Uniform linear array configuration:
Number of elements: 12
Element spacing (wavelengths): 1
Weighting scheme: exponential
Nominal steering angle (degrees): -60
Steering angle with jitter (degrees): -61.105
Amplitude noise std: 0.05
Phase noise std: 0.05

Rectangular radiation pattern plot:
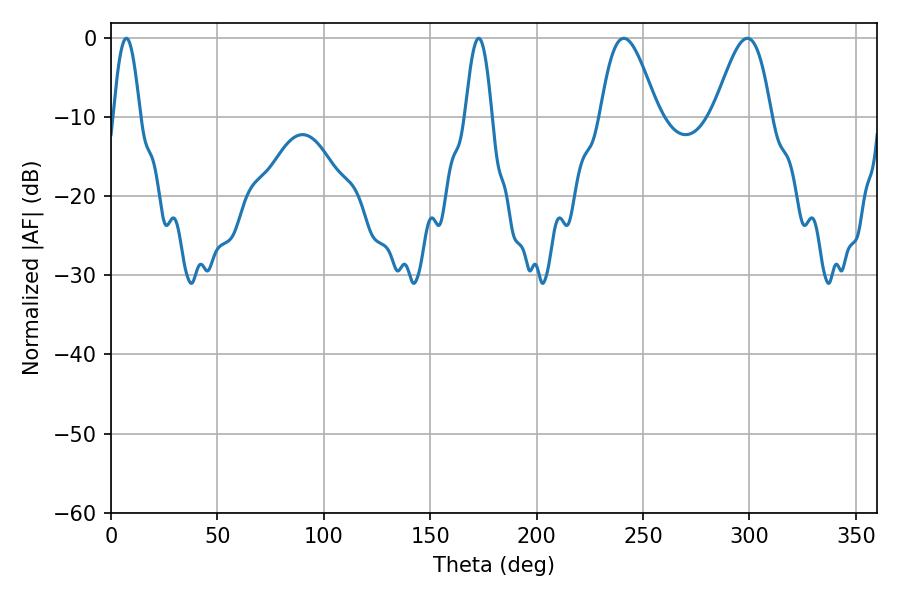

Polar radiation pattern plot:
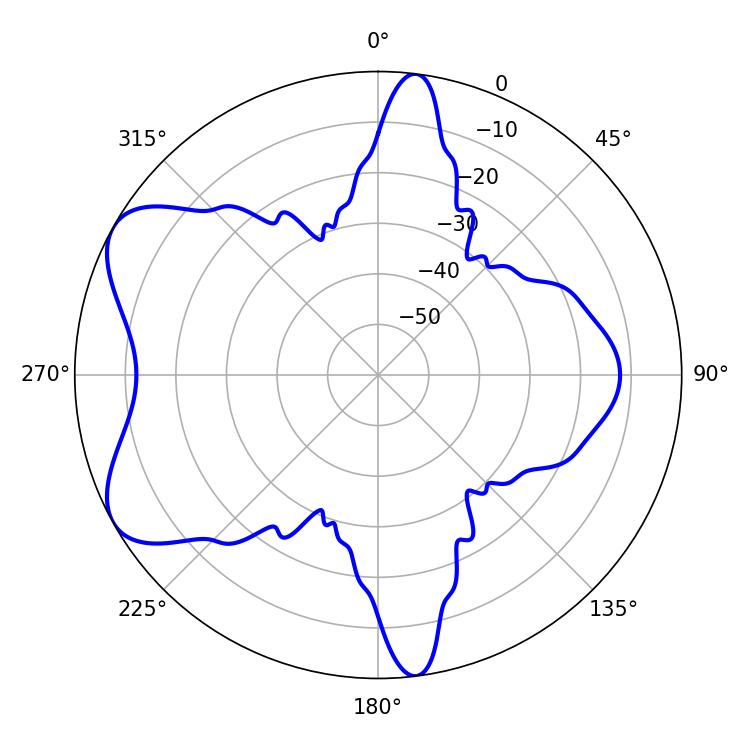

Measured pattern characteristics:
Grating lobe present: TRUE
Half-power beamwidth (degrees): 6.66
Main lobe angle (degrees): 7.2